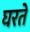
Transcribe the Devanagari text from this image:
घरतें